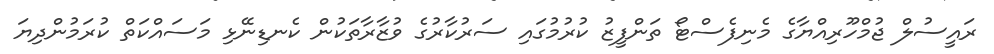
ރައީސުލް ޖުމްހޫރިއްޔާގެ މެނިފެސްޓޯ ތަންފީޒު ކުރުމުގައި ސަރުކާރުގެ ވުޒާރާތަކުން ކެނޑިނޭޅި މަސައްކަތް ކުރަމުންދިޔަ